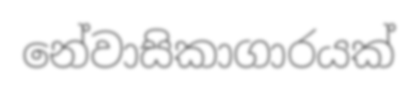
නේවාසිකාගාරයක්